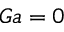
G a = 0